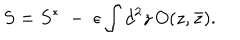
LaTeX: S = S ^ { * } \; - \; \epsilon \int d ^ { 2 } z \, O ( z , \bar { z } ) .